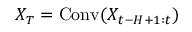
X _ { T } = \operatorname { C o n v } ( X _ { t - H + 1 : t } )